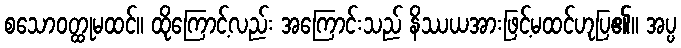
စသောဝတ္ထုမထင်။ ထိုကြောင့်လည်း အကြောင်းသည် နိဿယအားဖြင့်မထင်ဟုပြ၏။ အပ္ပ